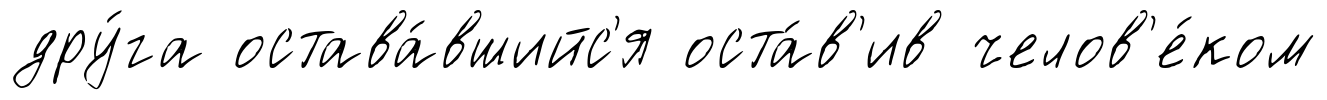
дру́га остава́вшийс'я оста́в'ив челов'е́ком